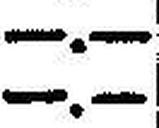
—.—